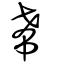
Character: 𢂞